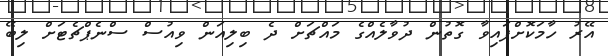
އޭރު ހާމަކޮށްފައިވާ ގޮތުން ދުވާލެއްގެ މައްޗަށް ދެ ބިލިއަން ވިއުސް ސްނެޕްޗެޓަށް ލިބޭ